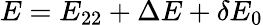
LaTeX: E=E_{22}+\Delta E+\delta E_{0}